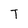
Character: T